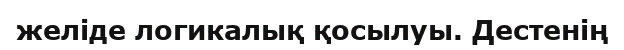
желіде логикалық қосылуы. Дестенің